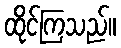
ထိုင်ကြသည်။